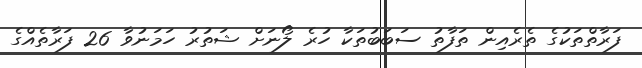
ފަރާތްތަކުގެ ތެރެއިން ތަފާތު ސަބަބުތަކާ ހުރެ ލޯނަށް ޝަތުރު ހަމަނުވާ 26 ފަރާތެއްގެ